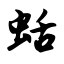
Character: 蛞